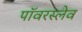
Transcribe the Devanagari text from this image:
पॉवरस्लेव